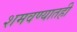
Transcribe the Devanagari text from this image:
शमवण्यातही